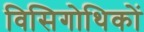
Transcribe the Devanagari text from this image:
विसिगोथिकों